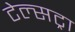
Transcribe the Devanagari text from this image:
टेल्‍सट्रा